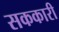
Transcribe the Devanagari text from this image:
सककारी